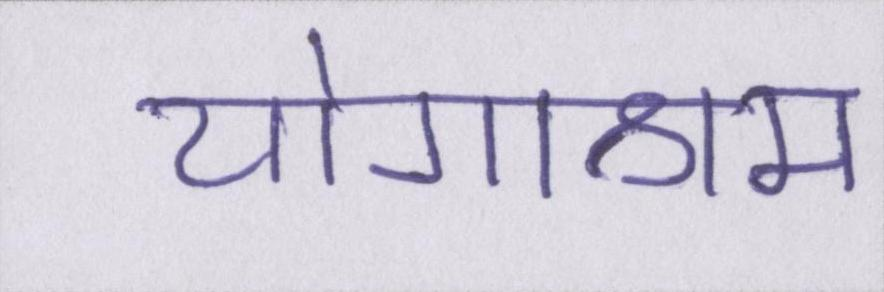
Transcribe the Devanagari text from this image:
योगाश्रम